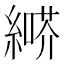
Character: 𦄶